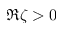
\Re \zeta > 0